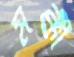
মক্কী